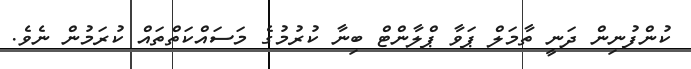
ކުންފުނިން ދަނީ ތާމަލް ޕަވާ ޕްލާންޓް ބިނާ ކުރުމުގެ މަސައްކަތްތައް ކުރަމުން ނެވެ.